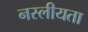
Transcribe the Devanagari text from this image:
नस्लीयता